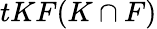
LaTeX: tKF(K\cap F)